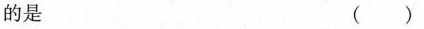
的是 ()